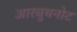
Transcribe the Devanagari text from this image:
आरबुथनोट